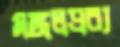
মঙ্গলদ্রব্য